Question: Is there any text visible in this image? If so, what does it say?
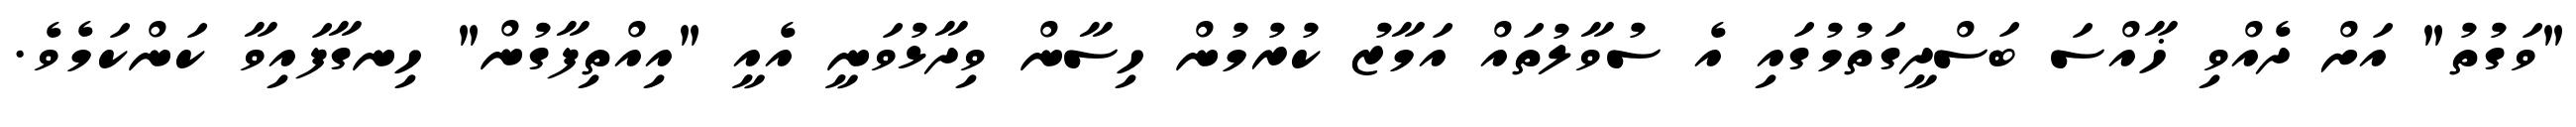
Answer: "ވަގުތު" އަށް ދެއްވި ޚާއްސަ ބަސްދީގަތުމުގައި އެ ސުވާލުތައް އަމާޒު ކުރުމުން ހިސާން ވިދާޅުވަނީ އެއީ "އިއްތިފާގުން" ހިނގާފައިވާ ކަންކަމެވެ.